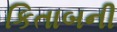
કિતાબની